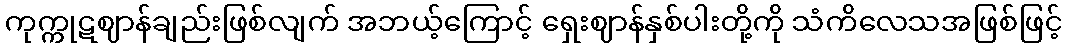
ကုက္ကုဋဈာန်ချည်းဖြစ်လျက် အဘယ့်ကြောင့် ရှေးဈာန်နှစ်ပါးတို့ကို သံကိလေသအဖြစ်ဖြင့်